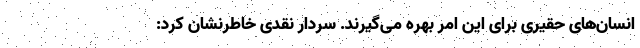
انسان‌های حقیری برای این امر بهره می‌گیرند. سردار نقدی خاطرنشان کرد: